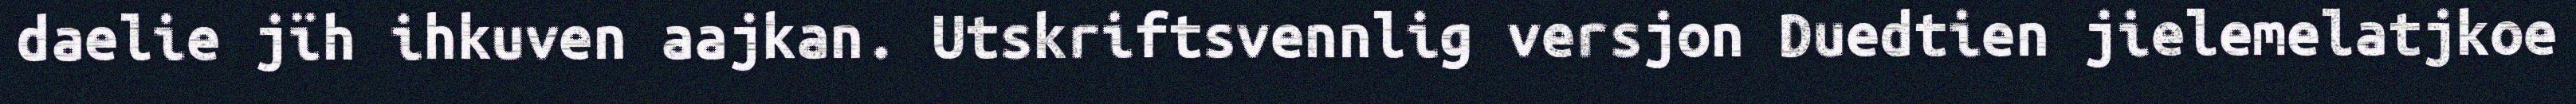
daelie jïh ihkuven aajkan. Utskriftsvennlig versjon Duedtien jielemelatjkoe